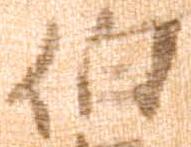
伯